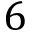
6